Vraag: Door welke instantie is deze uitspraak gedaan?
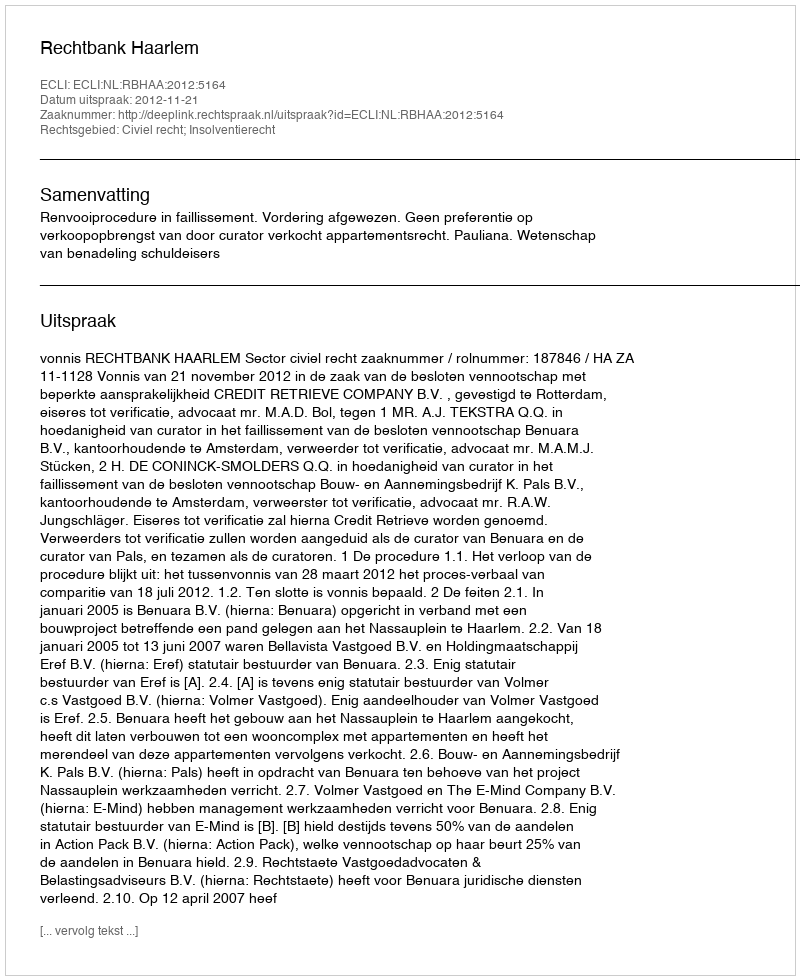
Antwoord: Rechtbank Haarlem